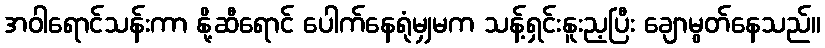
အဝါရောင်သန်းကာ နို့ဆီရောင် ပေါက်နေရုံမျှမက သန့်ရှင်းနူးည့ပြီး ချောမွတ်နေသည်။